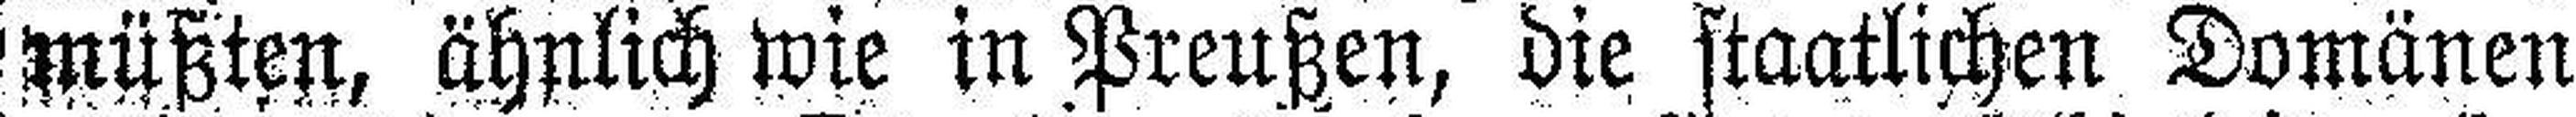
müßten, ähnlich wie in Preußen, die staatlichen Domänen